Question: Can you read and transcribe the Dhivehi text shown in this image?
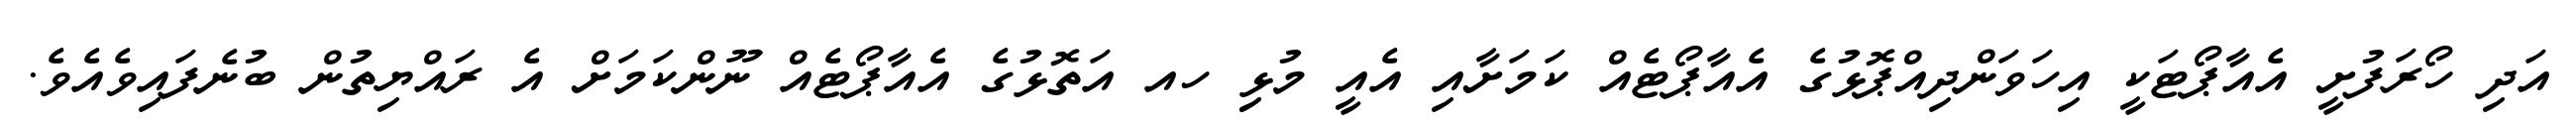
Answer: އަދި ހޯރަފުށީ އެއާޕޯޓަކީ އިހަވަންދިއްޕޮޅުގެ އެއާޕޯޓެއް ކަމަށާއި އެއީ މުޅިި ހއ އަތޮޅުގެ އެއާޕޯޓެއް ނޫންކަމަށް އެ ރައްޔިތުން ބުނެފައިވެއެވެ.